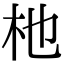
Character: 杝